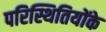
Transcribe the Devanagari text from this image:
परिस्थितियोंके